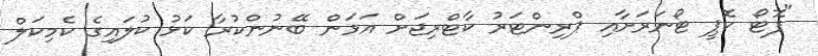
"ފޮޓޯ ކޮޕީ ޓޯނަރަށާއި ޕްރިންޓަރު ކާޓްރިޖަށް އަޅަން ބޭނުންކުރާ ކަޅު ކުލައިގެ ކެމިކަލް